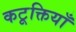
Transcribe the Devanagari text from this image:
कटूक्तियाँ